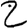
Digit: 2